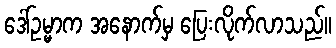
ဒေါ်ဥမ္မာက အနောက်မှ ပြေးလိုက်လာသည်။